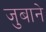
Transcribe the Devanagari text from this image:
जुबाने